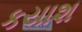
કયાશ